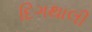
દિગથાલી